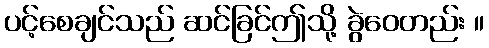
ပင့်စေချင်သည် ဆင်ခြင်ဤသို့ ခွဲဝေတည်း ။